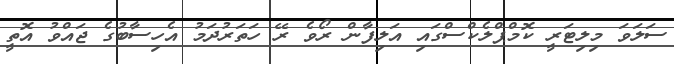
ސަލަވަ މިލިޓަރީ ކޮމްޕްލެކްސްގައި އަލިފާން ރޯވެ ރޭ ހަތަރުދަމު އެހިސާބުގެ ޖައްވު އޮތީ